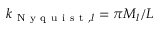
k _ { \mathrm { ~ N ~ y ~ q ~ u ~ i ~ s ~ t ~ } , l } = \pi M _ { l } / L